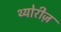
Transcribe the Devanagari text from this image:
थ्योरीज़